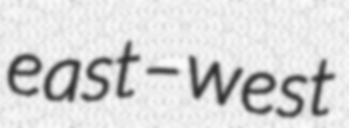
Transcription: east–west